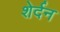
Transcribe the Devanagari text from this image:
शेर्दन